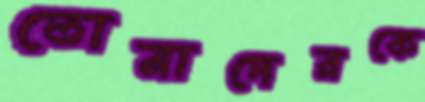
তোমাদেরকে